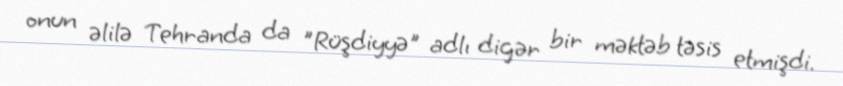
onun əlilə Tehranda da "Rüşdiyyə" adlı digər bir məktəb təsis etmişdi.